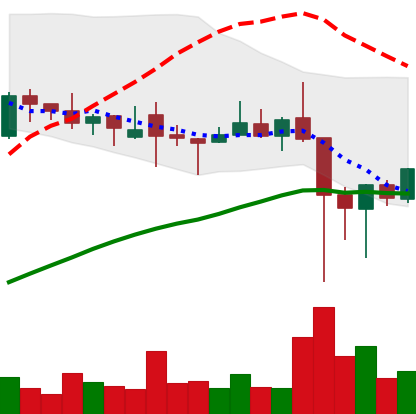
Ticker: XLM-USD
Chart end date: 2021-12-08
Forward return: -17.328%
Label: down_7plus